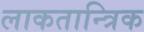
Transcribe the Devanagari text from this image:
लाकतान्त्रिक